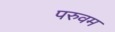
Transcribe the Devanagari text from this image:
परुवम